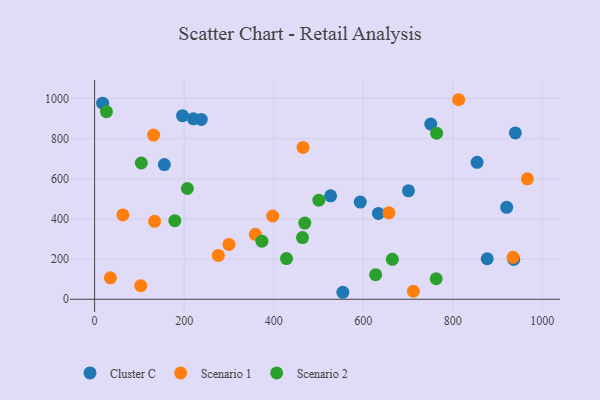
{"axis": {"x": "Experience", "y": "Rating"}, "legend": ["Cluster C", "Scenario 1", "Scenario 2"], "data": [{"x": "593.5", "y": 484.0, "type": "Cluster C"}, {"x": "920.6", "y": 458.1, "type": "Cluster C"}, {"x": "527.2", "y": 515.3, "type": "Cluster C"}, {"x": "220.6", "y": 899.2, "type": "Cluster C"}, {"x": "634.0", "y": 427.7, "type": "Cluster C"}, {"x": "854.5", "y": 682.2, "type": "Cluster C"}, {"x": "877.1", "y": 201.9, "type": "Cluster C"}, {"x": "554.6", "y": 34.9, "type": "Cluster C"}, {"x": "939.9", "y": 828.6, "type": "Cluster C"}, {"x": "196.4", "y": 914.5, "type": "Cluster C"}, {"x": "751.0", "y": 872.8, "type": "Cluster C"}, {"x": "936.3", "y": 198.4, "type": "Cluster C"}, {"x": "17.9", "y": 977.0, "type": "Cluster C"}, {"x": "701.2", "y": 540.2, "type": "Cluster C"}, {"x": "238.2", "y": 896.2, "type": "Cluster C"}, {"x": "155.8", "y": 670.8, "type": "Cluster C"}, {"x": "712.2", "y": 39.9, "type": "Scenario 1"}, {"x": "276.4", "y": 218.6, "type": "Scenario 1"}, {"x": "300.1", "y": 273.2, "type": "Scenario 1"}, {"x": "103.0", "y": 67.6, "type": "Scenario 1"}, {"x": "813.3", "y": 994.1, "type": "Scenario 1"}, {"x": "63.1", "y": 420.1, "type": "Scenario 1"}, {"x": "934.8", "y": 208.9, "type": "Scenario 1"}, {"x": "465.6", "y": 756.3, "type": "Scenario 1"}, {"x": "35.3", "y": 106.9, "type": "Scenario 1"}, {"x": "131.7", "y": 817.8, "type": "Scenario 1"}, {"x": "359.0", "y": 323.7, "type": "Scenario 1"}, {"x": "657.4", "y": 430.7, "type": "Scenario 1"}, {"x": "397.8", "y": 414.8, "type": "Scenario 1"}, {"x": "134.0", "y": 388.3, "type": "Scenario 1"}, {"x": "966.8", "y": 600.1, "type": "Scenario 1"}, {"x": "179.2", "y": 391.6, "type": "Scenario 2"}, {"x": "500.9", "y": 493.9, "type": "Scenario 2"}, {"x": "464.4", "y": 307.5, "type": "Scenario 2"}, {"x": "764.1", "y": 827.4, "type": "Scenario 2"}, {"x": "207.2", "y": 551.9, "type": "Scenario 2"}, {"x": "469.5", "y": 379.7, "type": "Scenario 2"}, {"x": "428.7", "y": 202.7, "type": "Scenario 2"}, {"x": "627.8", "y": 122.6, "type": "Scenario 2"}, {"x": "763.1", "y": 102.2, "type": "Scenario 2"}, {"x": "665.2", "y": 199.2, "type": "Scenario 2"}, {"x": "104.3", "y": 678.8, "type": "Scenario 2"}, {"x": "373.8", "y": 289.6, "type": "Scenario 2"}, {"x": "26.4", "y": 934.4, "type": "Scenario 2"}]}